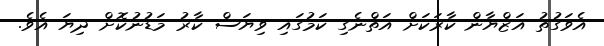
އެވަގުތު އަޒްޔާން ކާރަކަށް އަތްނެގި ކަމުގައި ވިޔަސް ކާރު މަޑުނުކޮށް ދިޔަ އެވެ.